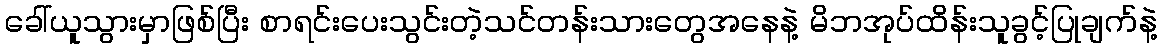
ခေါ်ယူသွားမှာဖြစ်ပြီး စာရင်းပေးသွင်းတဲ့သင်တန်းသားတွေအနေနဲ့ မိဘအုပ်ထိန်းသူခွင့်ပြုချက်နဲ့